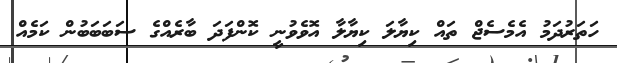
ހަތަރުދަމު އެމެސެޖް ތައް ކިޔާލަ ކިޔާލާ އޮވެވުނީ ކޮންފަދަ ބާރެއްގެ ސަބަބަބުން ކަމެއް